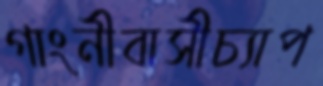
গাংনীবাসীচ্যাপ